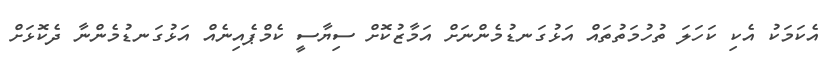
އެކަމަކު އެކި ކަހަލަ ތުހުމަތުތައް އަޅުގަނޑުމެންނަށް އަމާޒުކޮށް ސިޔާސީ ކެމްޕެއިނެއް އަޅުގަނޑުމެންނާ ދެކޮޅަށް